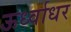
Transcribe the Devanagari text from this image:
ऊर्ध्‍वाधर